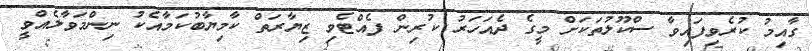
ގާއިމު ކުރެވިފައިވާ ސްކޫލުތަކަށް މީގެ ދެއަހަރު ކުރިން ފެއްޓެވި ޒިޔާރަތް ކާމިޔާބުކަމާއެކު ނިންމަވާލެއްވީ